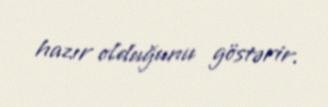
hazır olduğunu göstərir.